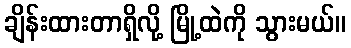
ချိန်းထားတာရှိလို့ မြို့ထဲကို သွားမယ်။